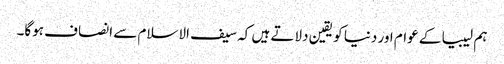
ہم لیبیا کے عوام اور دنیا کو یقین دلاتے ہیں کہ سیف الاسلام سے انصاف ہوگا۔